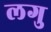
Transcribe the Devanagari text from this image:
लगु